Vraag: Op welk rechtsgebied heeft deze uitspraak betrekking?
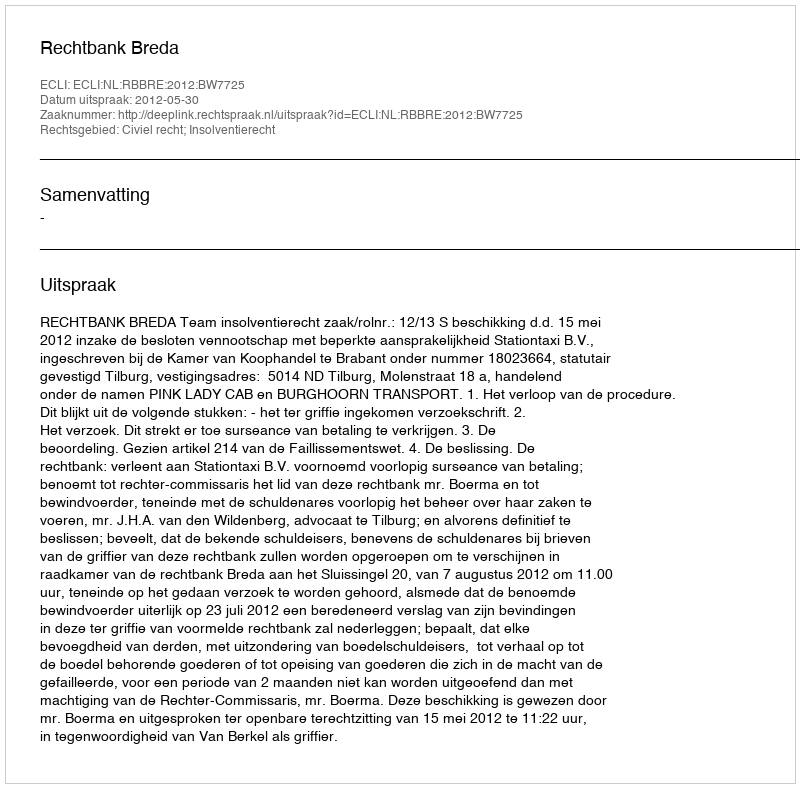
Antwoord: Civiel recht; Insolventierecht